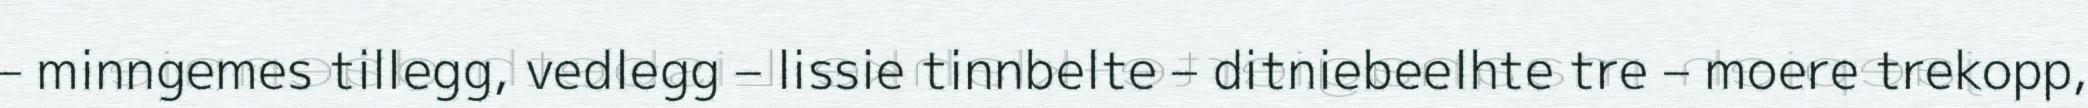
– minngemes tillegg, vedlegg – lissie tinnbelte – ditniebeelhte tre – moere trekopp,